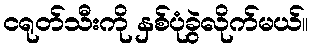
ငရုတ်သီးကို နှစ်ပုံခွဲလိုက်မယ်။